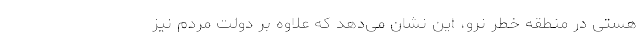
هستی در منطقه خطر نرو، این نشان می‌دهد که علاوه بر دولت مردم نیز